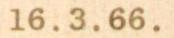
16.3.66